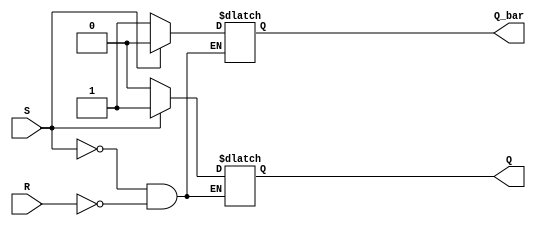
module SR_latch (
    input S,
    input R,
    output reg Q,
    output reg Q_bar
);

reg S_latch, R_latch;

// NOR latch
always @(S, R)
begin
    if(S)
    begin
        Q <= 1;
        Q_bar <= 0;
    end
    else if(R)
    begin
        Q <= 0;
        Q_bar <= 1;
    end
end

// NAND latch
assign S_latch = ~Q_bar;
assign R_latch = ~Q;

endmodule